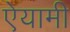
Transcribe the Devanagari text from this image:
ऐयामी